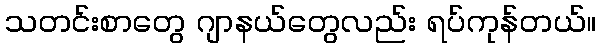
သတင်းစာတွေ ဂျာနယ်တွေလည်း ရပ်ကုန်တယ်။